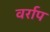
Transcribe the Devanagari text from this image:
वर्राप